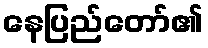
နေပြည်တော်၏